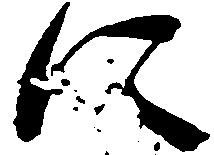
に